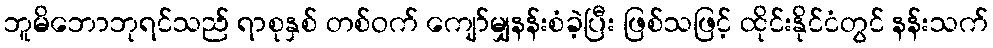
ဘူမိဘောဘုရင်သည် ရာစုနှစ် တစ်ဝက် ကျော်မျှနန်းစံခဲ့ပြီး ဖြစ်သဖြင့် ထိုင်းနိုင်ငံတွင် နန်းသက်